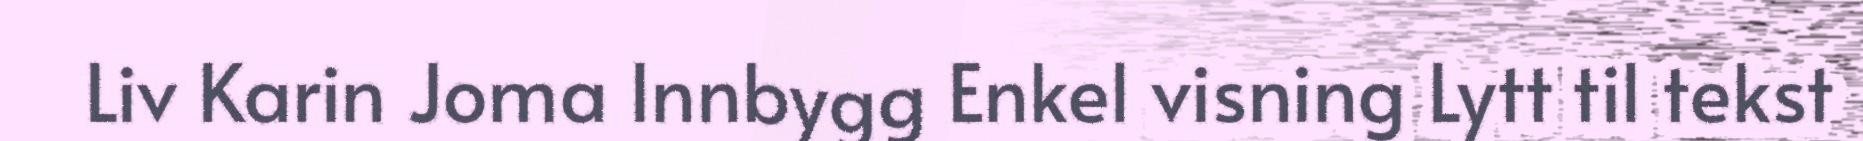
Liv Karin Joma Innbygg Enkel visning Lytt til tekst